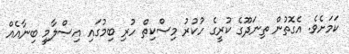
ކަމަށެވެ. އެގޮތުން ތިނަދޫގެ ކުރީގެ ހުކުރު މިސްކިތް ހުރި ބިމުގައި އިސްލާމީ ބިނާއެއް